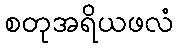
စတုအရိယဖလံ